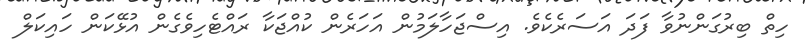
ހިތް ބިރުގަންނުވާ ފަދަ އަސަރެކެވެ. އިސްޖަހާލަމުން އަހަރެން ކުއްޖަކާ ރައްޓެހިވެގެން އުޅޭކަން ހައިކަލް